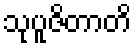
သုပူဇိတာတိ